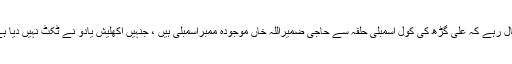
خیال رہے کہ علی گڑھ کی کول اسمبلی حلقہ سے حاجی ضمیراللہ خاں موجودہ ممبراسمبلی ہیں ، جنہیں اکھلیش یادو نے ٹکٹ نہیں دیا ہے ۔